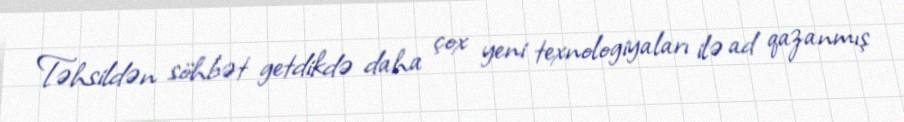
Təhsildən söhbət getdikdə daha çox yeni texnologiyaları ilə ad qazanmış